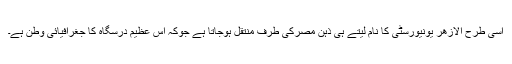
اسی طرح الازھر یونیورسٹی کا نام لیتے ہی ذہن مصرکی طرف منتقل ہوجاتا ہے جوکہ اِس عظیم درسگاہ کا جغرافیائی وطن ہے۔